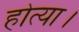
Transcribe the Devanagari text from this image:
होत्या।